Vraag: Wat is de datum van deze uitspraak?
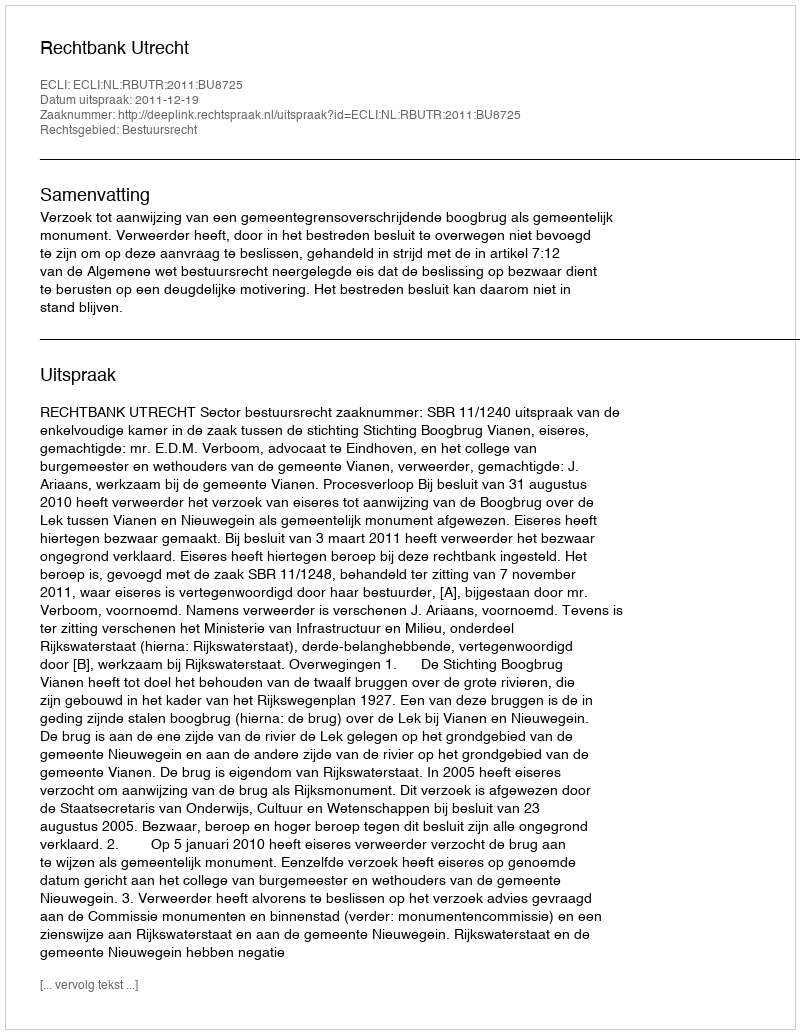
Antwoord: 2011-12-19